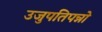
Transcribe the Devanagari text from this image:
उजुपतिपन्नो